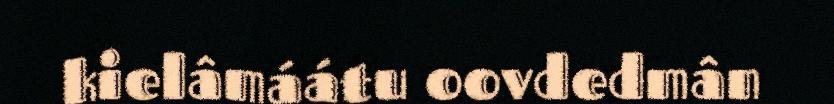
kielâmáátu oovdedmân